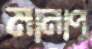
মানাপ